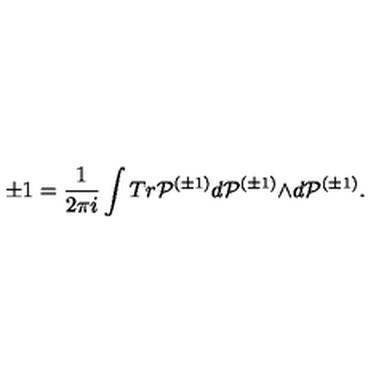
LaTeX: \pm 1 = \frac { 1 } { 2 { \pi } i } \int T r { \cal P } ^ { ( { \pm } 1 ) } d { \cal P } ^ { ( { \pm } 1 ) } { \wedge } d { \cal P } ^ { ( { \pm } 1 ) } .